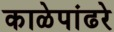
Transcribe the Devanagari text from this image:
काळेपांढरे